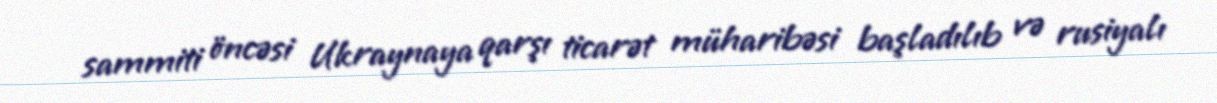
sammiti öncəsi Ukraynaya qarşı ticarət müharibəsi başladılıb və rusiyalı